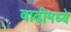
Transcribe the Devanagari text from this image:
वाढीमध्ये